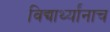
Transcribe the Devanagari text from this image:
विद्यार्थ्यांनाच